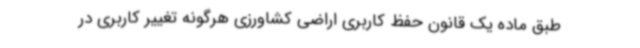
طبق ماده یک قانون حفظ کاربری اراضی کشاورزی هرگونه تغییر کاربری در